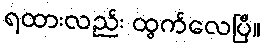
ရထားလည်း ထွက်လေပြီ။